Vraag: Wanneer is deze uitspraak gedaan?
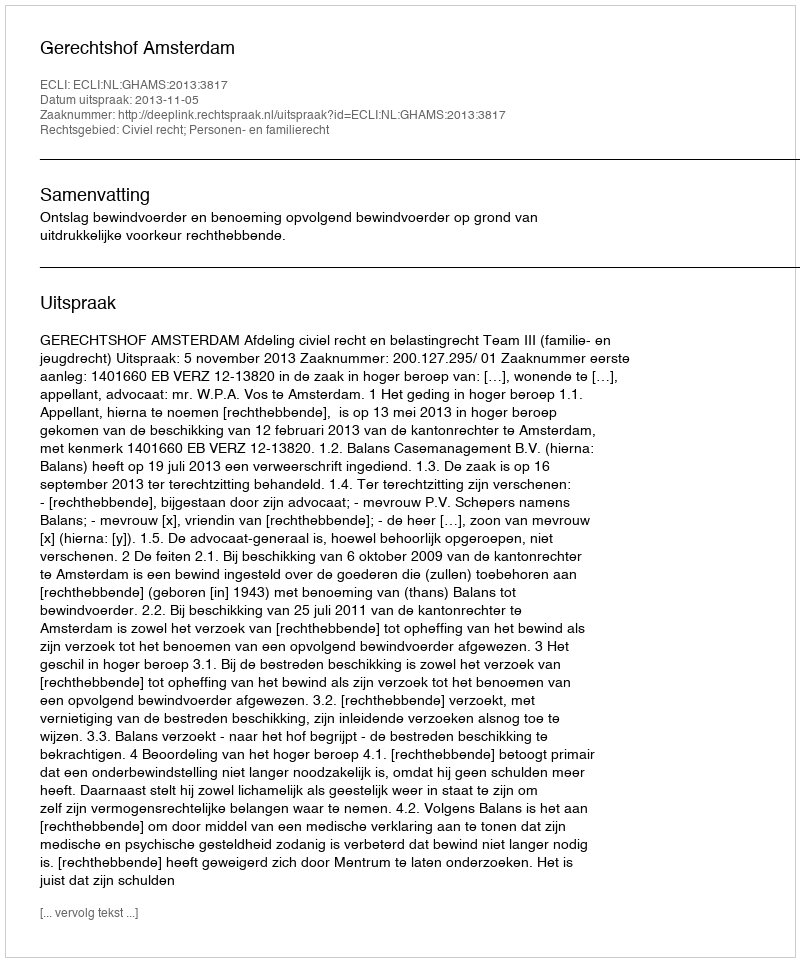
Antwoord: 2013-11-05